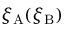
\xi _ { \mathrm { A } } ( \xi _ { \mathrm { B } } )